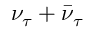
\nu _ { \tau } + \bar { \nu } _ { \tau }